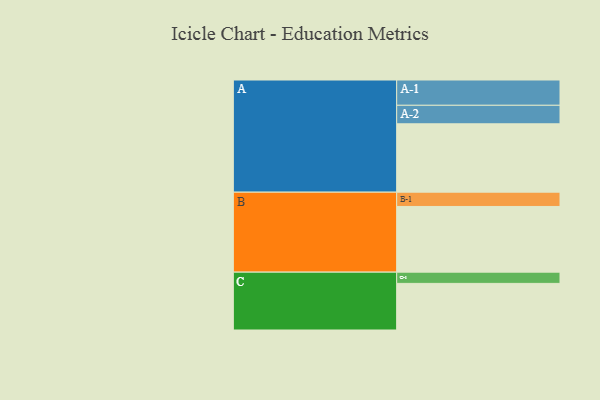
{"axis": {"x": "Segment", "y": "Value"}, "legend": ["", "A", "B", "C"], "data": [{"x": "A", "y": 584, "type": ""}, {"x": "B", "y": 561, "type": ""}, {"x": "C", "y": 398, "type": ""}, {"x": "A-1", "y": 216, "type": "A"}, {"x": "A-2", "y": 158, "type": "A"}, {"x": "B-1", "y": 122, "type": "B"}, {"x": "C-1", "y": 96, "type": "C"}]}